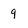
Character: 9